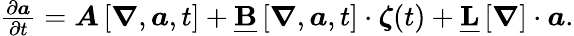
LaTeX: \begin{array}{r}{\frac{\partial\boldsymbol{a}}{\partial t}=\boldsymbol{A}\left[\boldsymbol{\nabla},\boldsymbol{a},t\right]+\underline{{\mathbf{B}}}\left[\boldsymbol{\nabla},\boldsymbol{a},t\right]\cdot\boldsymbol{\zeta}(t)+\underline{{\mathbf{L}}}\left[\boldsymbol{\nabla}\right]\cdot\boldsymbol{a}.}\end{array}